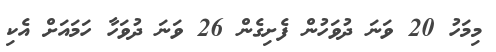
މިމަހު 20 ވަނަ ދުވަހުން ފެށިގެން 26 ވަނަ ދުވަހާ ހަމައަށް އެކި